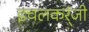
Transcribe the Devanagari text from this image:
इचलकर्ंजी